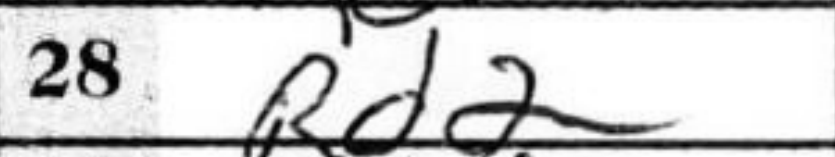
Transcription: Rd2